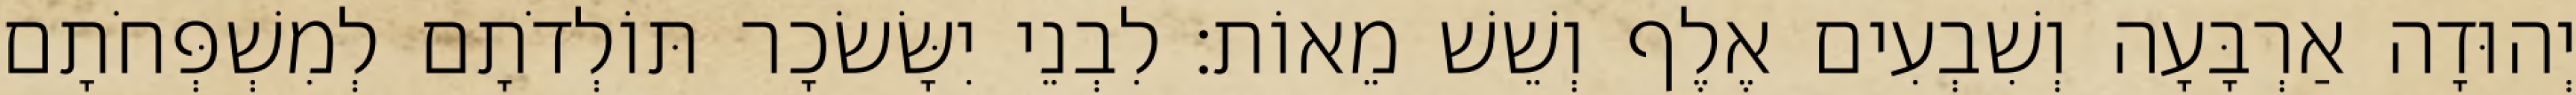
יְהוּדָה אַרְבָּעָה וְשִׁבְעִים אֶלֶף וְשֵׁשׁ מֵאוֹת׃ לִבְנֵי יִשָּׂשׂכָר תּוֹלְדֹתָם לְמִשְׁפְּחֹתָם